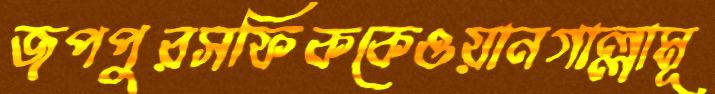
জপপুরসফিককেওয়ানগাল্লামূ